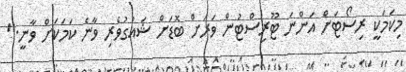
މިކަމަކީ ރިސޯޓަށް އަންނަ ޓޫރިސްޓުން ވަރަށް ބޮޑަށް ޝައުގުވެރި ވާނެ ކަމަކަށް ވާނީ."